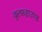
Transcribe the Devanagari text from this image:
वुल्फ़हाउण्ड